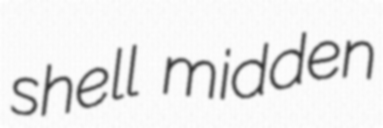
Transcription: shell midden